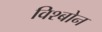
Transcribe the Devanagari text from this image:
विश्बोन